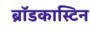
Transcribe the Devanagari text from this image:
ब्रॉडकास्टिन